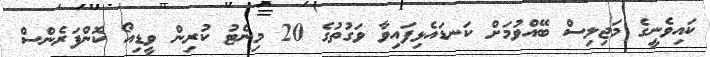
ކައިވެނީގެ މަޖިލިސް ބޭއްވުމަށް ކަނޑައެޅިފައިވާ ވަގުތުގެ 20 މިނެޓު ކުރިން ވީޑިއޯ ކޮންފަރެންސް